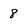
Character: 8